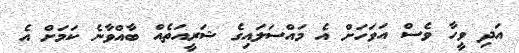
އަދި ވީހާ ވެސް އަވަހަށް އެ މައްސަލައިގެ ޝަރީއަތެއް ބާއްވާނެ ކަމަށް އެ